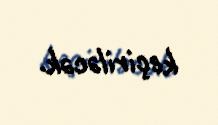
keçiriləcək.